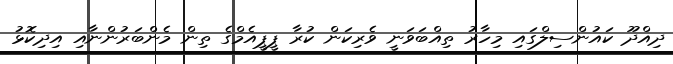
ދިއްދޫ ކައުންސިލްގައި މިހާރު ތިއްބަވަނީ ވެރިކަން ކުރާ ޕީޕީއެމްގެ ތިން މެންބަރުންނާއި އިދިކޮޅު